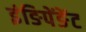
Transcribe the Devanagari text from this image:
इंङिपेंङेंट